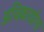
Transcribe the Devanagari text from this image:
अधिकार्याना